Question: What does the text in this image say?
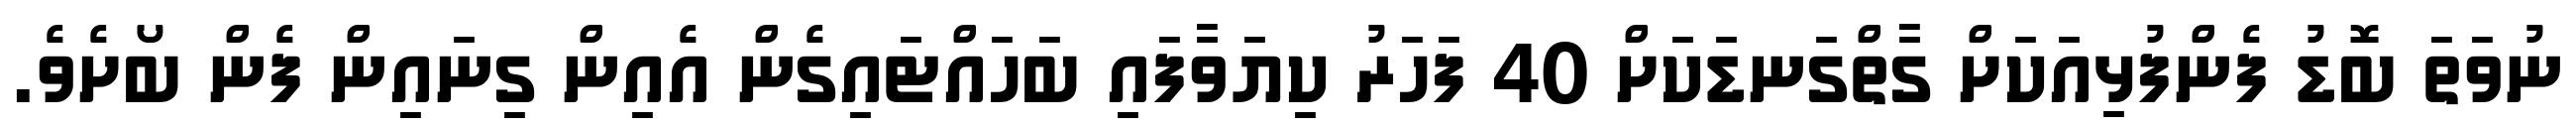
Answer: ނުވަތަ ބޮޑު ފެންފުޅިއަކަށް ގާތްގަނޑަކަށް 40 ފަހަރު ކިޔަވާފައި ބަހައްޓައިގެން އެއިން ގިނައިން ފެން ބޯށެވެ.